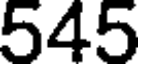
545